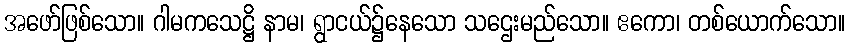
အဖော်ဖြစ်သော။ ဂါမကသေဋ္ဌိ နာမ၊ ရွာငယ်၌နေသော သဌေးမည်သော။ ဧကော၊ တစ်ယောက်သော။